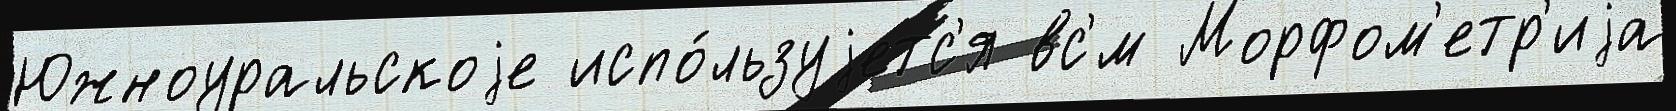
Южноуральскоjе испо́льзуjетс'я вс'́м Морфом'етр'иjа